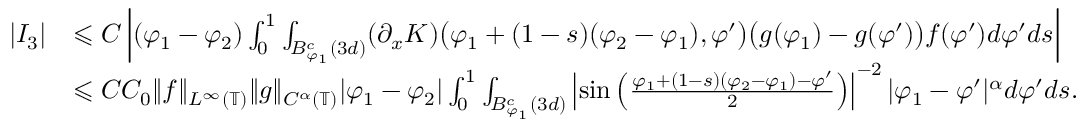
\begin{array} { r l } { | I _ { 3 } | } & { \leqslant C \left| ( \varphi _ { 1 } - \varphi _ { 2 } ) \int _ { 0 } ^ { 1 } \int _ { B _ { \varphi _ { 1 } } ^ { c } ( 3 d ) } ( \partial _ { x } K ) \big ( \varphi _ { 1 } + ( 1 - s ) ( \varphi _ { 2 } - \varphi _ { 1 } ) , \varphi ^ { \prime } \big ) \big ( g ( \varphi _ { 1 } ) - g ( \varphi ^ { \prime } ) \big ) f ( \varphi ^ { \prime } ) d \varphi ^ { \prime } d s \right| } \\ & { \leqslant C C _ { 0 } \| f \| _ { L ^ { \infty } ( \mathbb { T } ) } \| g \| _ { C ^ { \alpha } ( \mathbb { T } ) } | \varphi _ { 1 } - \varphi _ { 2 } | \int _ { 0 } ^ { 1 } \int _ { B _ { \varphi _ { 1 } } ^ { c } ( 3 d ) } \left| \sin \left( \frac { \varphi _ { 1 } + ( 1 - s ) ( \varphi _ { 2 } - \varphi _ { 1 } ) - \varphi ^ { \prime } } { 2 } \right) \right| ^ { - 2 } | \varphi _ { 1 } - \varphi ^ { \prime } | ^ { \alpha } d \varphi ^ { \prime } d s . } \end{array}